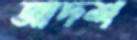
আদশ